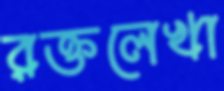
রক্তলেখা